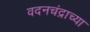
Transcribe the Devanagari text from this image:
वदनचंद्राच्या